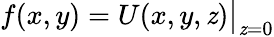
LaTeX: f(x,y)=U(x,y,\mathit{z}){\big|}_{\mathit{z}=0}